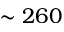
\sim 2 6 0